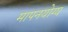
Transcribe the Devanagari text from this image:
मापनयोग्य